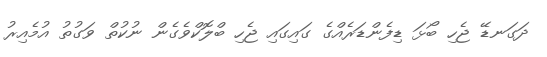
ދަގަނޑޭ ޖެހި ބޯޅަ ޑިފެންޑަރެއްގެ ގައިގައި ޖެހި ބްލޮކްވެގެން ނުކުތް ވަގުތު އުމެއިރު